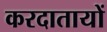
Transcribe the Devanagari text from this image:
करदातायों